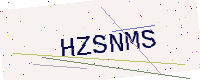
Text: HZSNMS